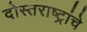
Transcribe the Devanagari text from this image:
दोस्तराष्ट्रांचे